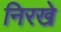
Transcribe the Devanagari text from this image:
निरखे